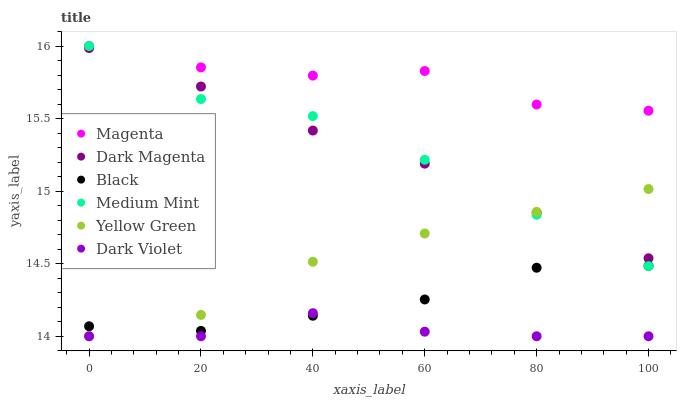
| xaxis_label | Magenta | Dark Magenta | Black | Medium Mint | Yellow Green | Dark Violet |
 | --- | --- | --- | --- | --- | --- | --- |
 | 0 | 16 | 16 | 14.1 | 16 | 14 | 14 |
 | 20 | 15.9 | 15.7 | 14 | 15.6 | 14.1 | 14 |
 | 40 | 15.8 | 15.4 | 14.1 | 15.5 | 14.5 | 14.2 |
 | 60 | 15.8 | 15.2 | 14.3 | 15.2 | 14.7 | 14 |
 | 80 | 15.6 | 14.9 | 14.5 | 14.8 | 14.9 | 14 |
 | 100 | 15.6 | 14.5 | 14.5 | 14.5 | 15 | 14 |